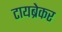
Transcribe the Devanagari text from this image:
टायब्रेकर